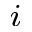
_ i